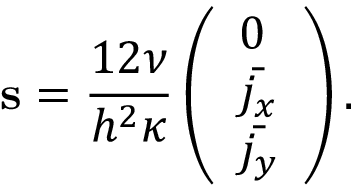
\mathbf { s } = \frac { 1 2 \nu } { h ^ { 2 } \kappa } \left( \begin{array} { l } { 0 } \\ { \bar { j _ { x } } } \\ { \bar { j _ { y } } } \end{array} \right) .